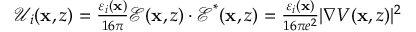
\begin{array} { r } { \mathcal { U } _ { i } ( \mathbf { x } , z ) = \frac { \varepsilon _ { i } ( \mathbf { x } ) } { 1 6 \pi } \boldsymbol { \mathcal { E } } ( \mathbf { x } , z ) \cdot \boldsymbol { \mathcal { E } } ^ { * } ( \mathbf { x } , z ) = \frac { \varepsilon _ { i } ( \mathbf { x } ) } { 1 6 \pi e ^ { 2 } } | \nabla V ( \mathbf { x } , z ) | ^ { 2 } } \end{array}